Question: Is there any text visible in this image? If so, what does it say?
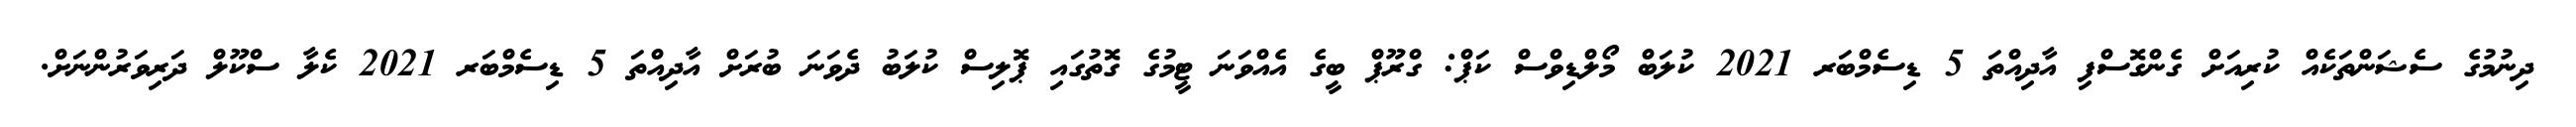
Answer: ދިނުމުގެ ސެޝަންތަކެއް ކުރިއަށް ގެންގޮސްފި އާދިއްތަ 5 ޑިސެމްބަރ 2021 ކުލަބް މޯލްޑިވްސް ކަޕް: ގްރޫޕް ބީގެ އެއްވަނަ ޓީމުގެ ގޮތުގައި ޕޮލިސް ކުލަބު ދެވަނަ ބުރަށް އާދިއްތަ 5 ޑިސެމްބަރ 2021 ކެލާ ސްކޫލް ދަރިވަރުންނަށް.